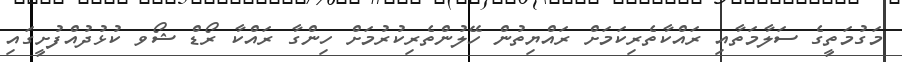
މަގުމަތީގެ ސަލާމަތާއި ރައްކާތެރިކަމަށް ރައްޔިތުން ހޭލުންތެރިކުރުމަށް ހިންގާ ރައްކާ ރޯޑް ޝޯވ ކުޅުދުއްފުށީގައި